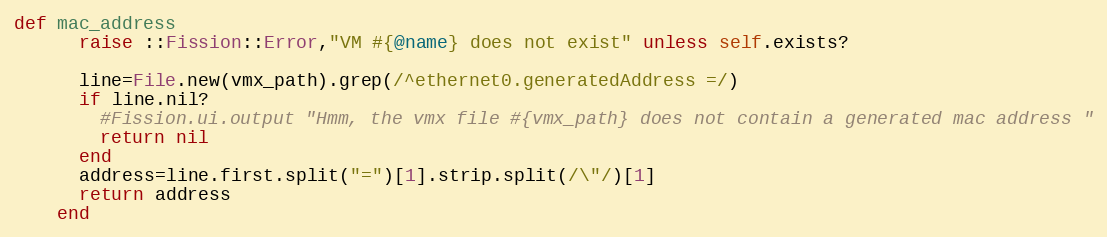
Language: Ruby
def mac_address
      raise ::Fission::Error,"VM #{@name} does not exist" unless self.exists?

      line=File.new(vmx_path).grep(/^ethernet0.generatedAddress =/)
      if line.nil?
        #Fission.ui.output "Hmm, the vmx file #{vmx_path} does not contain a generated mac address "
        return nil
      end
      address=line.first.split("=")[1].strip.split(/\"/)[1]
      return address
    end